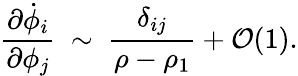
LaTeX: {\frac{\partial\dot{\phi}_{i}}{\partial\phi_{j}}}~\sim~{\frac{\delta_{ij}}{\rho-\rho_{1}}}+{\cal{O}}(1).